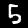
Digit: 5